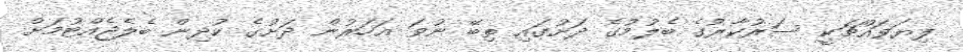
ފިޔަވައްޗަކީ ސަރުކާރުގެ ބެލުމުގެ ދަށުގައި ތިބޭ ނުވަ އަހަރުން ދަށުގެ ކުދިން ބެލެޖެއްޓުމަށް